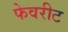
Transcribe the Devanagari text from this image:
फेवरीट